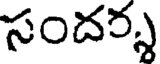
సందర్శ